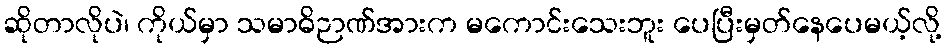
ဆိုတာလိုပဲ၊ ကိုယ်မှာ သမာဓိဉာဏ်အားက မကောင်းသေးဘူး ပေပြီးမှတ်နေပေမယ့်လို့